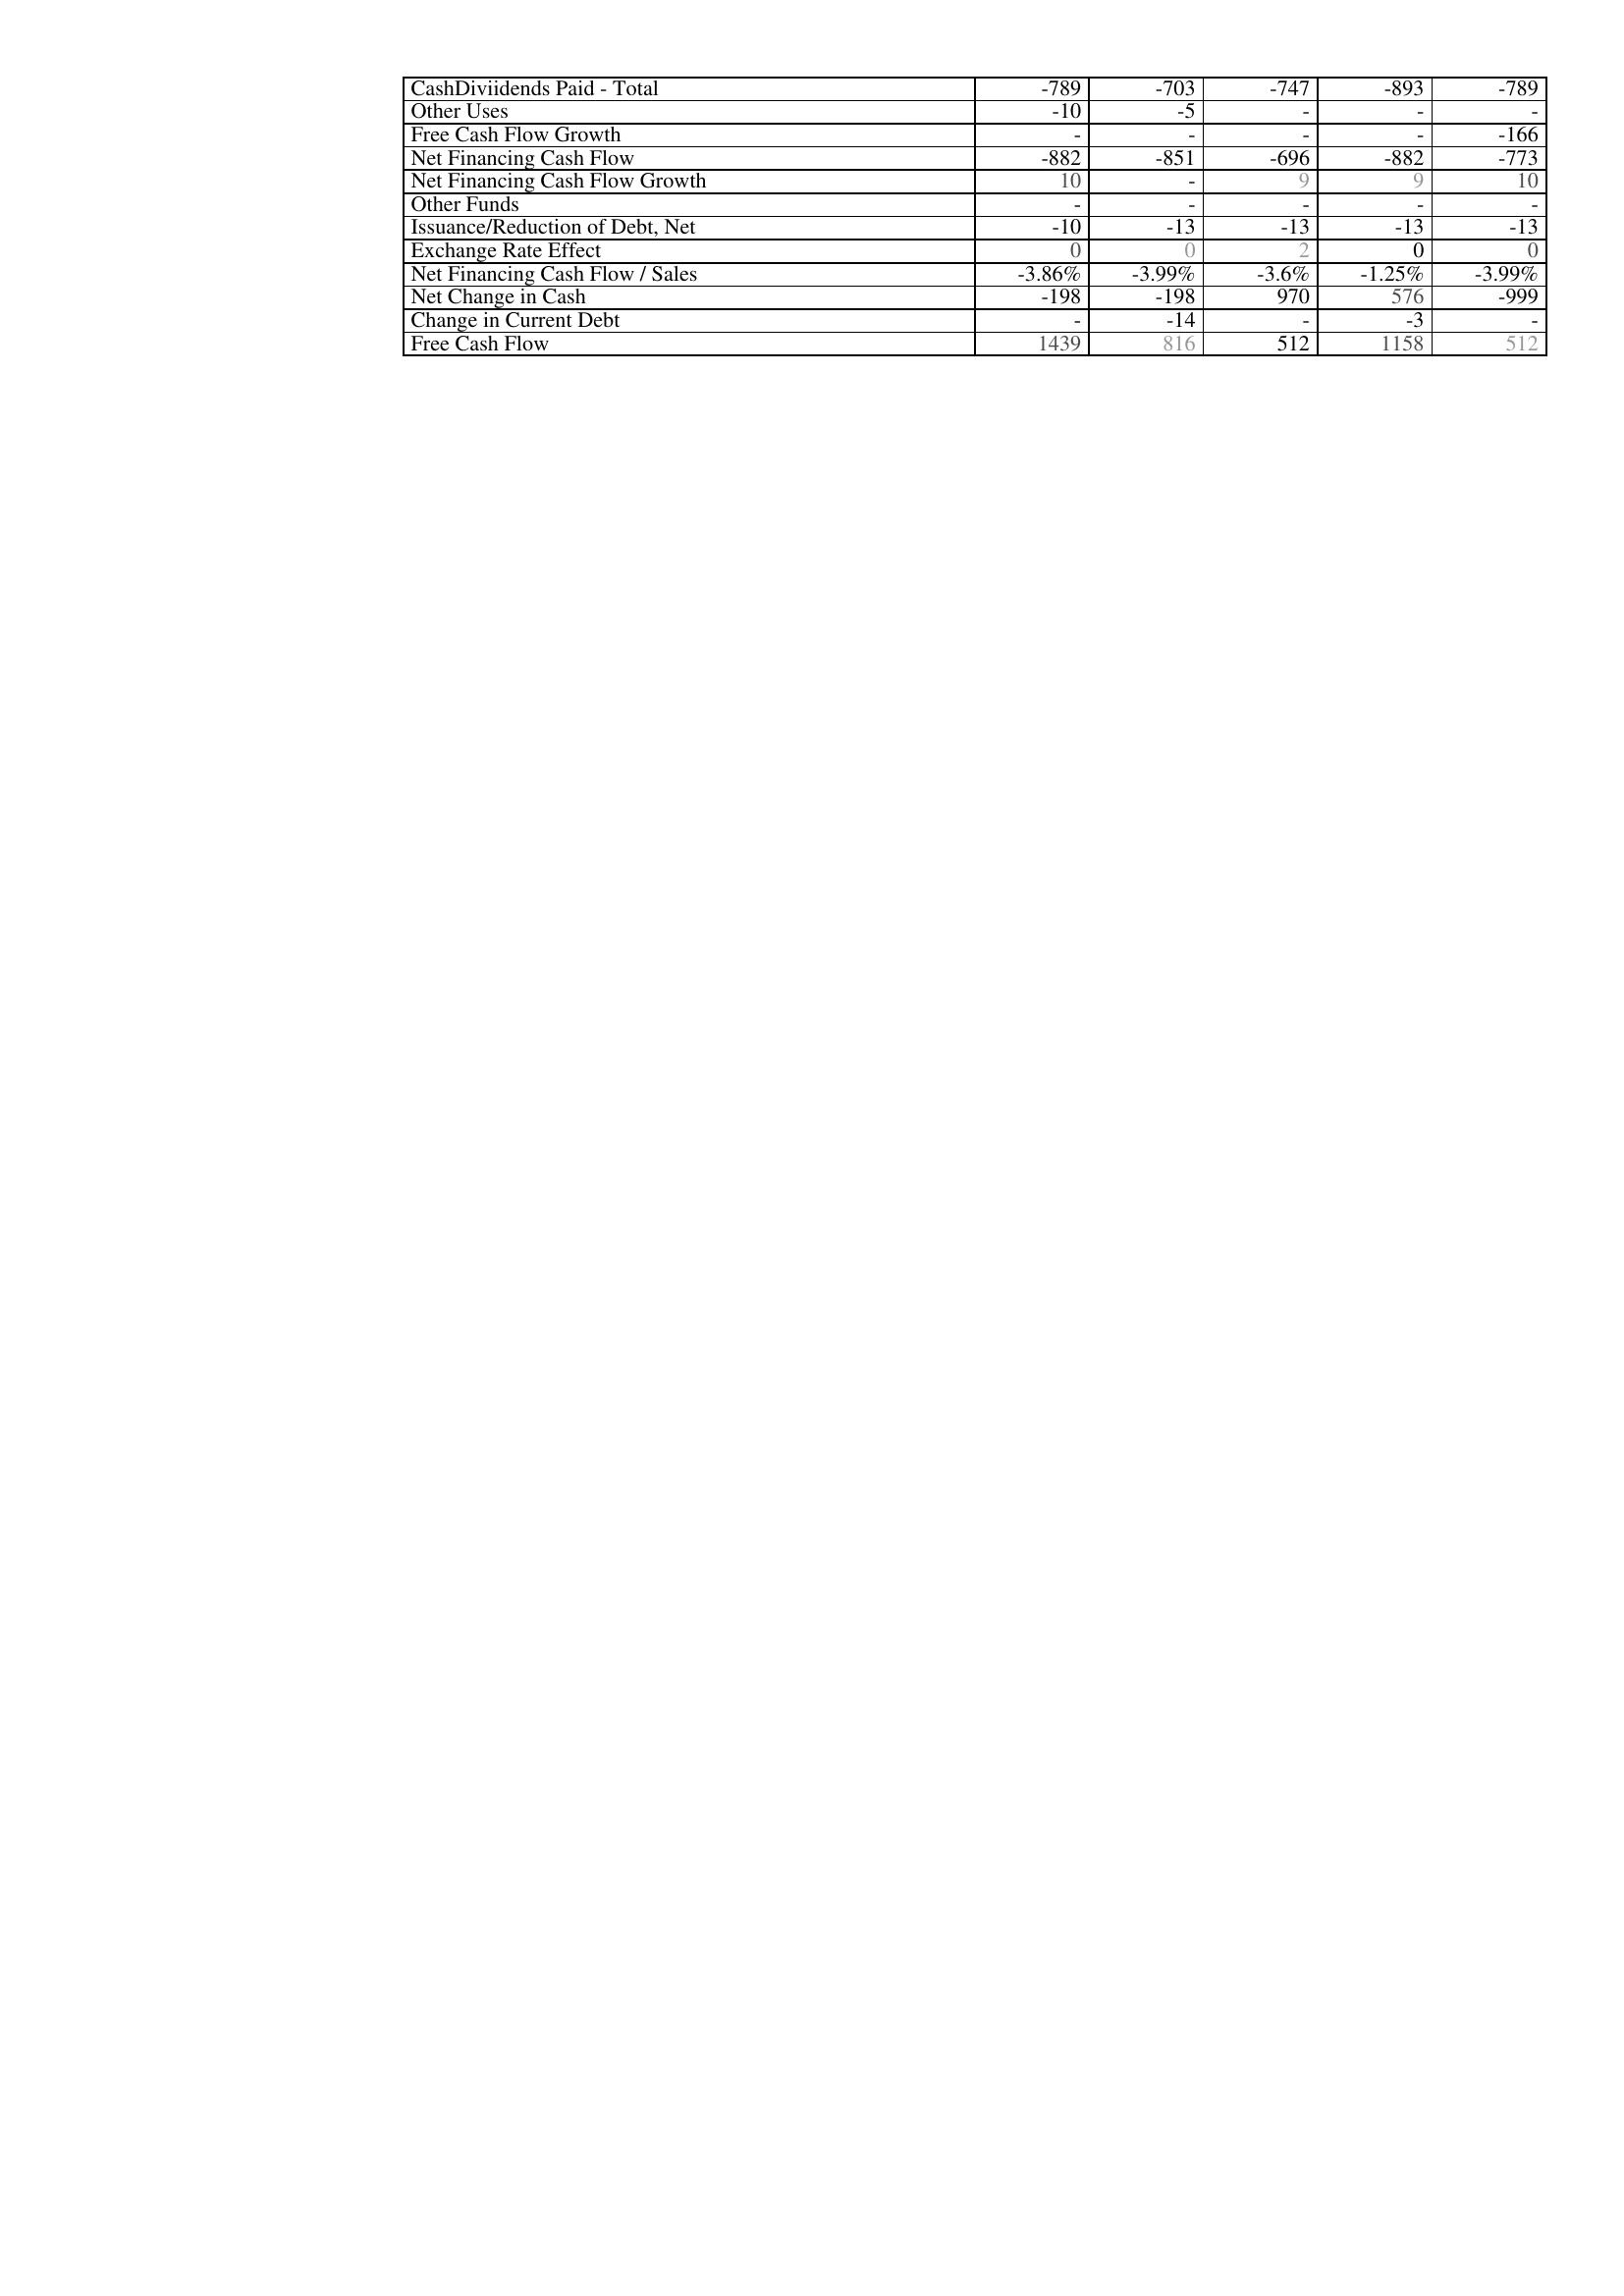
2017: Financing Activities: CashDiviidends Paid - Total: -789
Other Uses: -10
Free Cash Flow Growth: -
Net Financing Cash Flow: -882
Net Financing Cash Flow Growth: 10
Other Funds: -
Issuance/Reduction of Debt, Net: -10
Exchange Rate Effect: 0
Net Financing Cash Flow / Sales: -3.86%
Net Change in Cash: -198
Change in Current Debt: -
Free Cash Flow: 1439
2016: Financing Activities: CashDiviidends Paid - Total: -703
Other Uses: -5
Free Cash Flow Growth: -
Net Financing Cash Flow: -851
Net Financing Cash Flow Growth: -
Other Funds: -
Issuance/Reduction of Debt, Net: -13
Exchange Rate Effect: 0
Net Financing Cash Flow / Sales: -3.99%
Net Change in Cash: -198
Change in Current Debt: -14
Free Cash Flow: 816
2015: Financing Activities: CashDiviidends Paid - Total: -747
Other Uses: -
Free Cash Flow Growth: -
Net Financing Cash Flow: -696
Net Financing Cash Flow Growth: 9
Other Funds: -
Issuance/Reduction of Debt, Net: -13
Exchange Rate Effect: 2
Net Financing Cash Flow / Sales: -3.6%
Net Change in Cash: 970
Change in Current Debt: -
Free Cash Flow: 512
2014: Financing Activities: CashDiviidends Paid - Total: -893
Other Uses: -
Free Cash Flow Growth: -
Net Financing Cash Flow: -882
Net Financing Cash Flow Growth: 9
Other Funds: -
Issuance/Reduction of Debt, Net: -13
Exchange Rate Effect: 0
Net Financing Cash Flow / Sales: -1.25%
Net Change in Cash: 576
Change in Current Debt: -3
Free Cash Flow: 1158
2013: Financing Activities: CashDiviidends Paid - Total: -789
Other Uses: -
Free Cash Flow Growth: -166
Net Financing Cash Flow: -773
Net Financing Cash Flow Growth: 10
Other Funds: -
Issuance/Reduction of Debt, Net: -13
Exchange Rate Effect: 0
Net Financing Cash Flow / Sales: -3.99%
Net Change in Cash: -999
Change in Current Debt: -
Free Cash Flow: 512